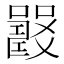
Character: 𡄉